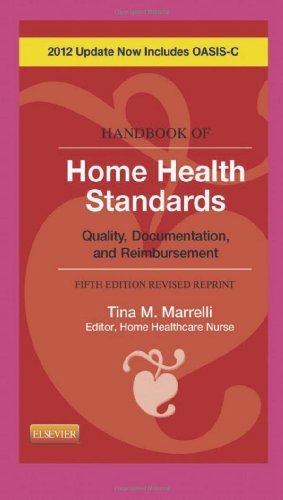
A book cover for Handbook of Home Health Standards - Revised Reprint: Quality, Documentation, and Reimbursement, 5e (Handbook of Home Health Standards & Documentation Guidelines for Reimbursement); Tina M. Marrelli MSN  MA  RN; Medical Books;